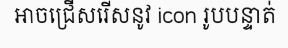
អាចជ្រើសរើសនូវ icon រូបបន្ទាត់